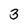
Character: 3